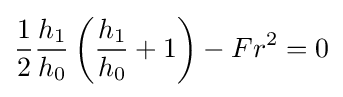
{1 \over 2}{h_{1} \over h_{0}}\left({h_{1} \over h_{0}}+1\right)-Fr^{2}=0